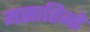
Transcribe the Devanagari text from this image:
मसाहिनो